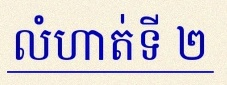
លំហាត់ទី ២